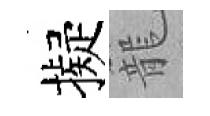
擬籠